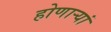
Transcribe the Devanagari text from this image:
होणाऱ्यां